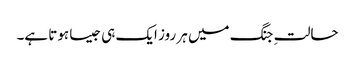
حالتِ جنگ میں ہر روز ایک ہی جیسا ہوتا ہے۔